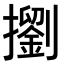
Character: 𢷶